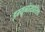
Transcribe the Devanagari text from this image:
इम्यूनोसप्रेसिव